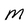
Character: M